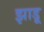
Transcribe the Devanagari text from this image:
झाडू़